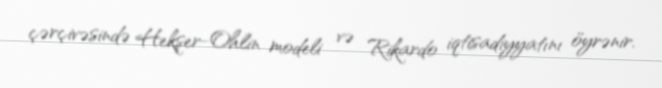
çərçivəsində Hekşer-Ohlin modeli və Rikardo iqtisadiyyatını öyrənir.